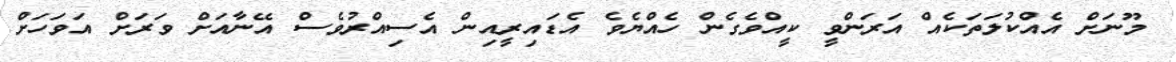
މޫނަށް އެއްކުލަތަކެއް އަރަންވީ ކީއްވެގެން ހެއްޔެވެ އެޑައިރީއިން އެސިއްރުވެސް އޭނާއަށް ވަރަށް އަވަހަށް